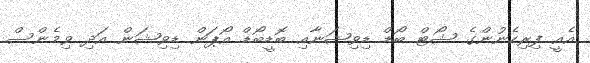
އެއީ ފިރިހެނުންގެ ޝޯޓް ބޯޑް ޑިވިޝަނާއި ބޮޑީބޯޑް އޯޕަން ޑިވިޝަން އަދި ވިމެންސް